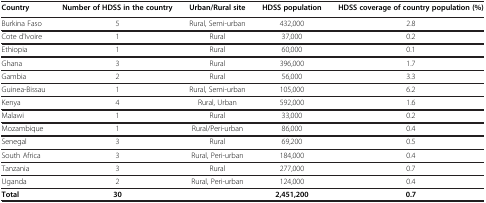
<table><thead><tr><td><b>Country</b></td><td><b>Number of HDSS in the country</b></td><td><b>Urban/Rural site</b></td><td><b>HDSS population</b></td><td><b>HDSS coverage of country population (%)</b></td></tr></thead><tbody><tr><td>Burkina Faso</td><td>5</td><td>Rural, Semi-urban</td><td>432,000</td><td>2.8</td></tr><tr><td>Cote d&#x27;Ivoire</td><td>1</td><td>Rural</td><td>37,000</td><td>0.2</td></tr><tr><td>Ethiopia</td><td>1</td><td>Rural</td><td>60,000</td><td>0.1</td></tr><tr><td>Ghana</td><td>3</td><td>Rural</td><td>396,000</td><td>1.7</td></tr><tr><td>Gambia</td><td>2</td><td>Rural</td><td>56,000</td><td>3.3</td></tr><tr><td>Guinea-Bissau</td><td>1</td><td>Rural, Semi-urban</td><td>105,000</td><td>6.2</td></tr><tr><td>Kenya</td><td>4</td><td>Rural, Urban</td><td>592,000</td><td>1.6</td></tr><tr><td>Malawi</td><td>1</td><td>Rural</td><td>33,000</td><td>0.2</td></tr><tr><td>Mozambique</td><td>1</td><td>Rural/Peri-urban</td><td>86,000</td><td>0.4</td></tr><tr><td>Senegal</td><td>3</td><td>Rural</td><td>69,200</td><td>0.5</td></tr><tr><td>South Africa</td><td>3</td><td>Rural, Peri-urban</td><td>184,000</td><td>0.4</td></tr><tr><td>Tanzania</td><td>3</td><td>Rural</td><td>277,000</td><td>0.7</td></tr><tr><td>Uganda</td><td>2</td><td>Rural, Peri-urban</td><td>124,000</td><td>0.4</td></tr><tr><td><b>Total</b></td><td><b>30</b></td><td> </td><td><b>2,451,200</b></td><td><b>0.7</b></td></tr></tbody></table>